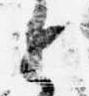
と